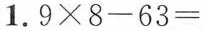
1.$$9 \times 8 - 6 3 =$$